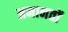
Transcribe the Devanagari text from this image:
अमानतों